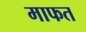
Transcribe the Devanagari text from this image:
माफत